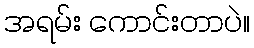
အရမ်း ကောင်းတာပဲ။